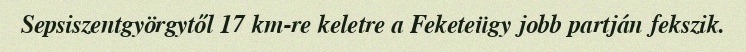
Sepsiszentgyörgytől 17 km-re keletre a Feketeügy jobb partján fekszik.